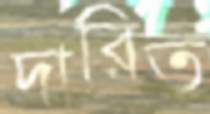
দারিত